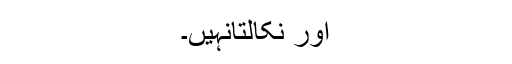
اور نکالتانہیں۔